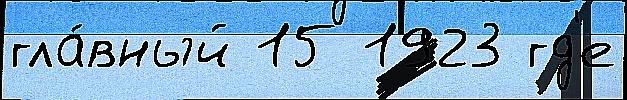
гла́вный 15 1923 гд'е